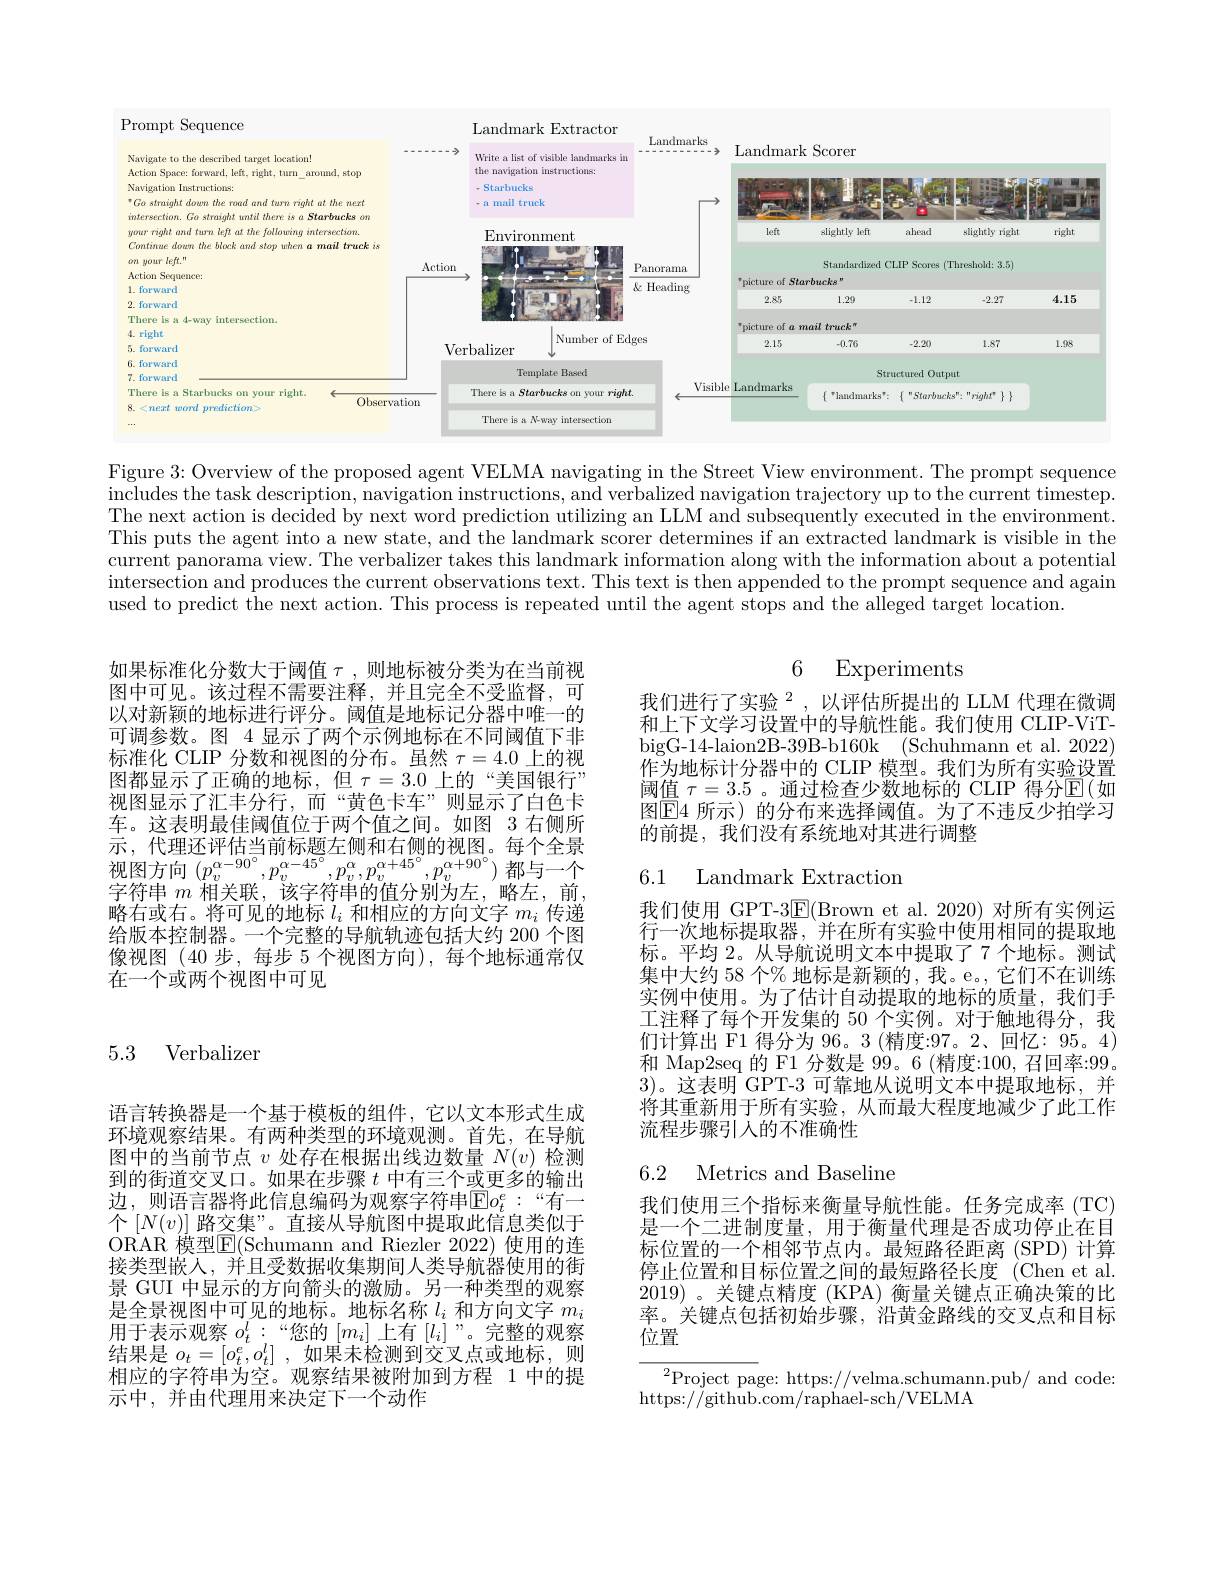
<FigureHere>

Figure 3: Overview of the proposed agent VELMA navigating in the Street View environment. The prompt sequence $\begin{aligned}\text{includes the task description, navigation instructions, and verbalized navigation trajectory up to the current timestep.}\\\text{includes the task description instructions, and verbalized navigation trajectory up to the current timestep.}\end{aligned}$ The next action is decided by next word prediction utilizing an LLM and subsequently executed in the environment. This puts the agent into a new state, and the landmark scorer determines if an extracted landmark is visible in the $\dot{\text{current panorama view. The verbalizer takes this landmark information along with the information about a potential}}$ intersection and produces the current observations text. This text is then appended to the prompt sequence and again used to predict the next action. This process is repeated until the agent stops and the alleged target location.

如果标准化分数大于阈值$\tau$,则地标被分类为在当前视图中可见。该过程不需要注释，并且完全不受监督，可以对新颖的地标进行评分。阈值是地标记分器中唯一的可调参数。图 4 显示了两个示例地标在不同阈值下非标准化 CLIP 分数和视图的分布。虽然$\tau=4.0$上的视图都显示了正确的地标，但$\tau=3.0$上的“美国银行” 视图显示了汇丰分行，而“黄色卡车”则显示了白色卡车。这表明最佳阈值位于两个值之间。如图 3 右侧所示，代理还评估当前标题左侧和右侧的视图。每个全景视图方向$(p_v^{\alpha-90^{\circ}},p_v^{\alpha-45^{\circ}},p_v^{\alpha},p_v^{\alpha+45^{\circ}},p_v^{\alpha+90^{\circ}})$都与一个字符串$m$相关联，该字符串的值分别为左，略左，前略右或右。将可见的地标$l_i$和相应的方向文字$m_i$传递给版本控制器。一个完整的导航轨迹包括大约 200 个图像视图(40 步，每步 5 个视图方向),每个地标通常仅在一个或两个视图中可见

### 5.3 Verbalizer

语言转换器是一个基于模板的组件，它以文本形式生成环境观察结果。有两种类型的环境观测。首先，在导航图中的当前节点$v$处存在根据出线边数量$N(v)$检测到的街道交叉口。如果在步骤$t$中有三个或更多的输出边，则语言器将此信息编码为观察字符串$\mathbb{E}o_t^e:“$有一个$\left[N(v)\right]$路交集”。直接从导航图中提取此信息类似于ORAR 模型$\overline{\mathrm{E}}($Schumann and Riezler 2022) 使用的连接类型嵌人，并且受数据收集期间人类导航器使用的街景 GUI 中显示的方向箭头的激励。另一种类型的观察是全景视图中可见的地标。地标名称$l_i$和方向文字$m_i$ 用于表示观察$o_t^l:$“您的$[m_i]$上有$[l_i]$ ”。完整的观察结果是$o_t= [ o_t^e, o_t^l]$ ,如果未检测到交叉点或地标，则相应的字符串为空。观察结果被附加到方程 1 中的提示中，并由代理用来决定下一个动作

## 6 Experiments

我们进行了实验$^{2}$,以评估所提出的 LLM 代理在微调和上下文学习设置中的导航性能。我们使用 CLIP-ViTbigG-14-laion2B-39B-b160k (Schuhmann et al. 2022) 作为地标计分器中的 CLIP 模型。我们为所有实验设置阈值 $\tau=3.5$ 。通过检查少数地标的 CLIP 得分$\mathbb{E}($如图$\boxed{\mathrm{E}}4$ 所示)的分布来选择阈值。为了不违反少拍学习的前提，我们没有系统地对其进行调整

6.1 Landmark Extractior

我们使用 GPT-3$\underline{\mathrm{E}}($Brown et al.2020)对所有实例运行一次地标提取器，并在所有实验中使用相同的提取地标。平均 2。从导航说明文本中提取了7个地标。测试集中大约 58 个% 地标是新颖的，我。e。, 它们不在训练实例中使用。为了估计自动提取的地标的质量，我们手工注释了每个开发集的 50 个实例。对于触地得分，我们计算出 F1 得分为 96。3 (精度：97。2、回忆：95。4) 和 Map2seq 的 F1 分数是 99。6 (精度：100, 召回率：99。3)。这表明 GPT-3 可靠地从说明文本中提取地标，并将其重新用于所有实验，从而最大程度地减少了此工作流程步骤引人的不准确性

### 6.2 Metrics and Baseline

我们使用三个指标来衡量导航性能。任务完成率 (TC) 是一个二进制度量，用于衡量代理是否成功停止在目标位置的一个相邻节点内。最短路径距离(SPD) 计算停止位置和目标位置之间的最短路径长度 (Chen et al. 2019) 。关键点精度 (KPA) 衡量关键点正确决策的比率。关键点包括初始步骤，沿黄金路线的交叉点和目标位置

${}^{2}$Project page: https://velma.schumann.pub/ and code:
https://github.com/raphael-sch/VELMA